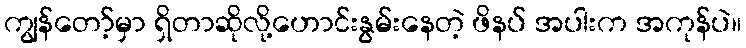
ကျွန်တော့်မှာ ရှိတာဆိုလို့ဟောင်းနွမ်းနေတဲ့ ဖိနပ် အပါးက အကုန်ပဲ။